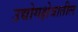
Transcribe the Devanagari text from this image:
उद्योगक्षेत्रातील